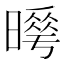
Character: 𭧮